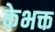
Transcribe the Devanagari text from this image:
केभक्त